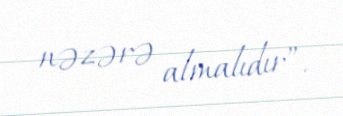
nəzərə almalıdır”.